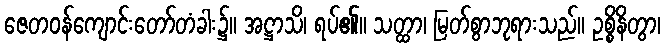
ဇေတဝန်ကျောင်းတော်တံခါး၌။ အဋ္ဌာသိ၊ ရပ်၏။ သတ္ထာ၊ မြတ်စွာဘုရားသည်။ ဥစ္စိနိတွာ၊